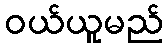
ဝယ်ယူမည်